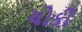
ચોકી